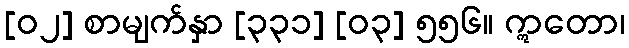
[၀၂] စာမျက်နှာ [၃၃၁] [၀၃] ၅၅၆။ ဣတော၊